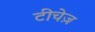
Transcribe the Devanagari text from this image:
टीचेज़